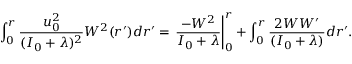
\int _ { 0 } ^ { r } \frac { u _ { 0 } ^ { 2 } } { ( I _ { 0 } + \lambda ) ^ { 2 } } W ^ { 2 } ( r ^ { \prime } ) d r ^ { \prime } = \left. \frac { - W ^ { 2 } } { I _ { 0 } + \lambda } \right| _ { 0 } ^ { r } + \int _ { 0 } ^ { r } \frac { 2 W W ^ { \prime } } { ( I _ { 0 } + \lambda ) } d r ^ { \prime } .